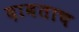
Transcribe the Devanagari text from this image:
दाबताच